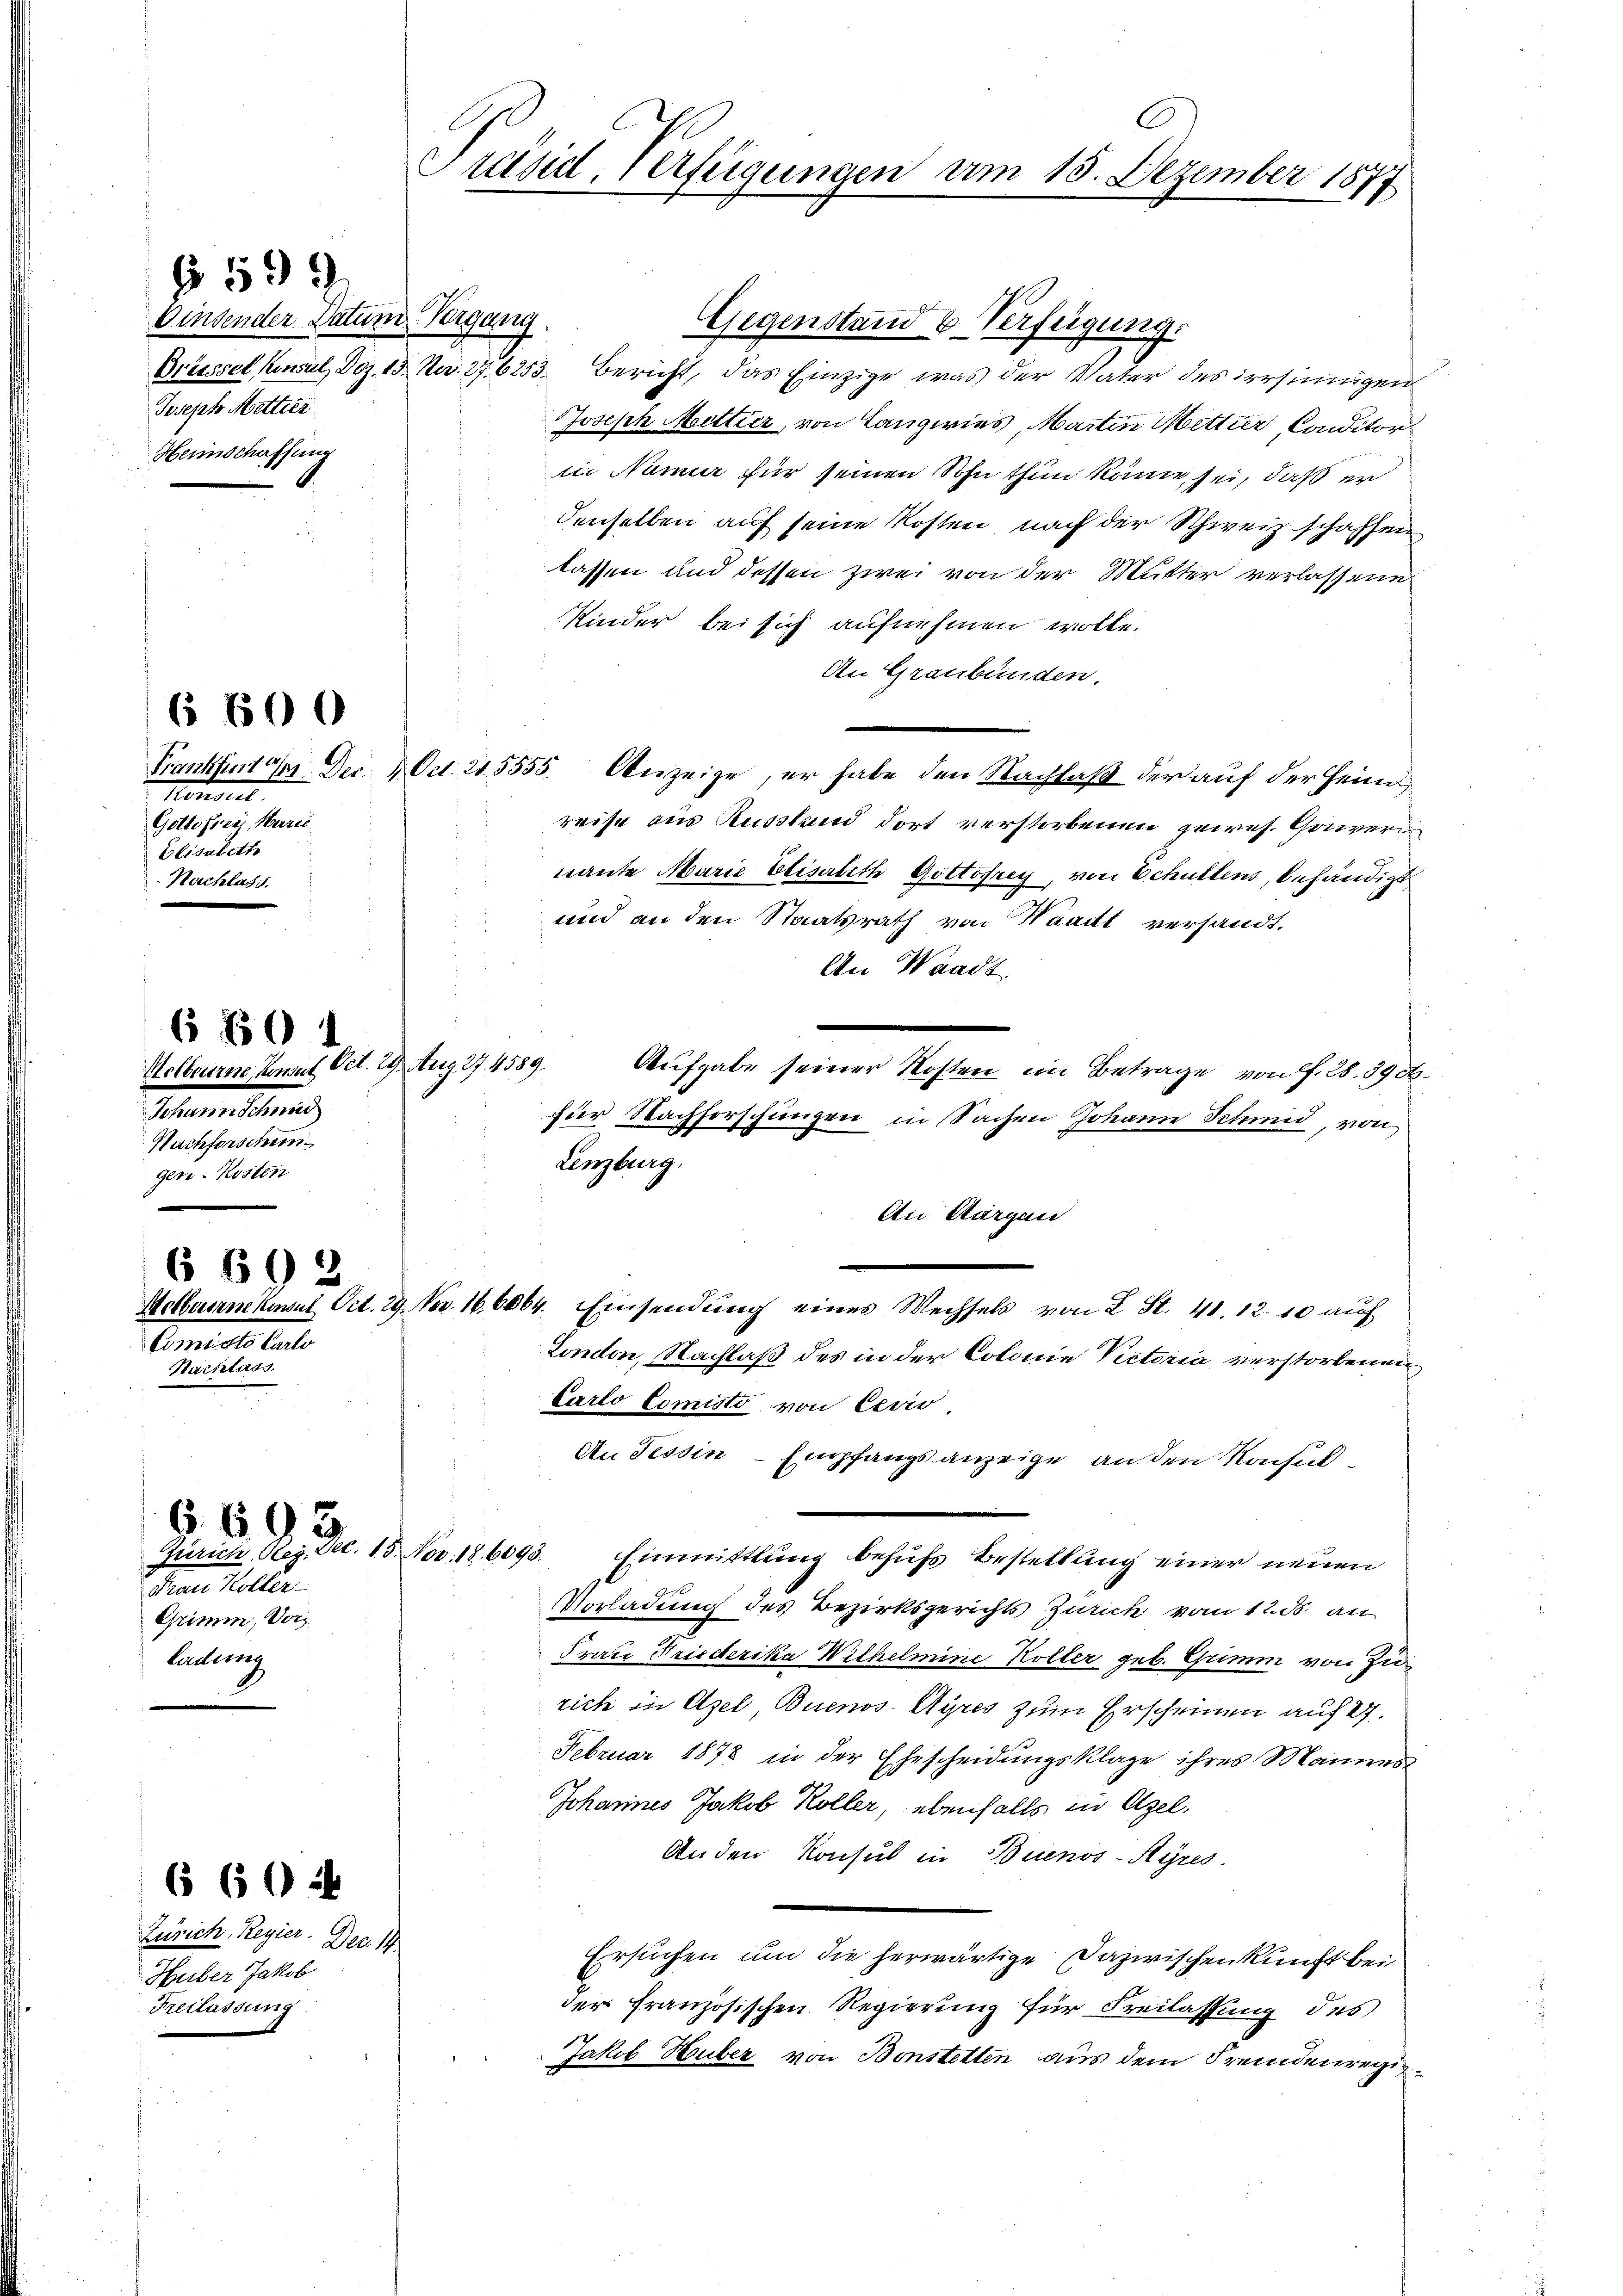
Präsid, verfügungen am 15. Dezember 1877

§ 599.

binsender Datum Vergang.
Joseph Metter
Heimschaffung

Gegenstand & Verfügung.
Driessel Konsul Dez. 15. No. 27. 6253. Bericht, das Einzige, was der Vater des irrsinnigen
Joseph Mettier, von Langwies, Martin Metter Conditor
in Name für seinen Sohn thun käme sei, daß er
denselben auf seine Kosten, nach der Schweiz schaffen
lassen und dessen zwei von der Mutter verlassene
Kinder bei sich aufnehmen wolle.
An Graubünden.
Ort. 21. 5555. Anzeige, er habe den Nachlaß der auf der Heims
reise aus Russland dort verstorbenen gewes. Gouvernante Marie Elisabeth Gottofrey, von Schullens, behändigt
und an den Staatsrath von Waadt versandt.
An Waadt
29. Aug 27. 4589.
Aufgabe seiner Kosten im Betrage von f. 28. 39 et
für Nachforschungen in Sachen Johann Schmid, von
Lenzburg.
Ai Aargau
Oct. 29. Nov. 166064. Einsendung eines Wechsels von 2 St. 41. 12. 10 auf
London, Nachlaß des in der Colonie Victoria verstorbenen
Carto Comisto von Cerio
An Tessin - Empfangsanzeige an den Rochul¬
Zürich, Reg. Dec. 13. Nov. 186093. Einmittlung behufs Bestellung einer neuen
Vorladung des Bezirksgerichts Zürich vom 12. ds. an
Frau Friederika Wilhelmine Koller geb. Gumm von Zurich in Azel, Buenos-Ayres zum Erscheinen auf 2.
Februar 1878 in der Ehescheidŭngsklage ihres Mannes
Johannes Jakob Koller, ebenfalls zur Azel.
Anden Konsul in Buenos-Ayres
Ersuchen um die herwärtige Dazwischenkunft bei
der Französischen Regierung für Freilassung des
Jakob Huber von Bonstetten aus dem Fremdenregie¬

6 600

Frankfurt der Dec. 1
Honduit
Gottfrey, Marie
Elisabeth

10

804

Metberne mit Tit.
Petariellenen
Nachforschein
gen-Kosten

669

.

Aetberne hinsit
Amiste Carlo
Marieliso

6693

Frau heller
Grimm, Vors
ladung

6 60 i

Zürich, Regier. Dec. 14.
Huber Jakob
Freilassung